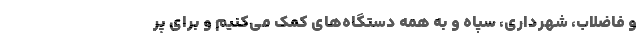
و فاضلاب، شهرداری، سپاه و به همه دستگاه‌های کمک می‌کنیم و برای پر